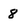
Character: 8